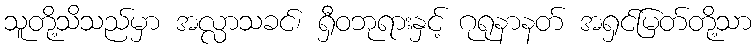
သူတို့သိသည်မှာ အလ္လာသခင်၊ ရှီဝဘုရားနှင့် ဂုရုနာနတ် အရှင်မြတ်တို့သာ